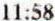
11:58